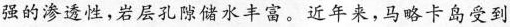
强的渗透性，岩层孔隙储水丰富。近年来，马略卡岛受到